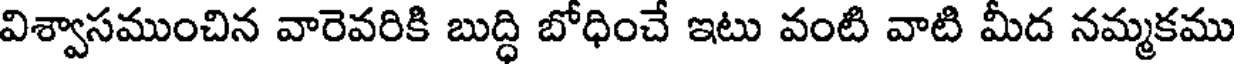
విశ్వాసముంచిన వారెవరికి బుద్ధి బోధించే ఇటు వంటి వాటి మీద నమ్మకము